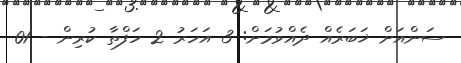
ސަންއަށް ޚަބަރެއް ދެއްވުމަށް: 3 އަހަރު 2 ހަފްތާ ކުރިން - 01